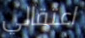
اعتقالي